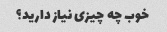
خوب چه چیزی نیاز دارید؟